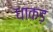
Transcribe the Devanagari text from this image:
धाकड़